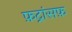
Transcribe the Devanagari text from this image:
फ़ट्रांसफ़